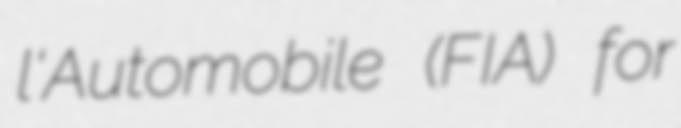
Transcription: l'Automobile (FIA) for